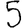
Digit: 5